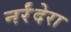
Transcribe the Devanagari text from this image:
नर्रंदेरा